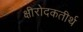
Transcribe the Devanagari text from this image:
क्षीरोदकतीर्थ